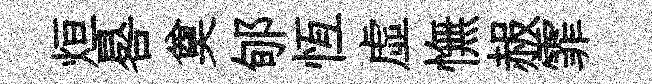
烜晷奠郇恆虚憮赧霏